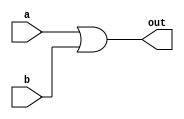
module or_8bit(
    input [7:0] a,
    input [7:0] b,
    output [7:0] out
);

    assign out = a | b;

endmodule